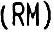
(RM)